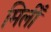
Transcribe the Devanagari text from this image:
मिलीँ